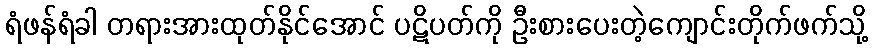
ရံဖန်ရံခါ တရားအားထုတ်နိုင်အောင် ပဋိပတ်ကို ဦးစားပေးတဲ့ကျောင်းတိုက်ဖက်သို့